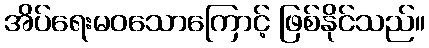
အိပ်ရေးမဝသောကြောင့် ဖြစ်နိုင်သည်။